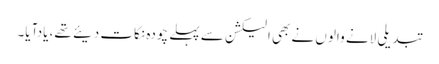
تبدیلی لانے والوں نے بھی الیکشن سے پہلے چودہ نکات دیئے تھے، یادآیا۔